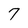
Character: 7